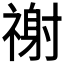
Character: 𥛖